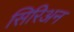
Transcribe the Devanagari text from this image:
सिरिअन